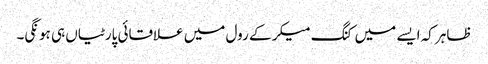
ظاہر کہ ایسے میں کنگ میکر کے رول میں علاقائی پارٹیاں ہی ہونگی۔